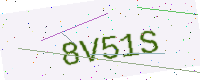
Text: 8V51S